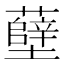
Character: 𫊎